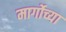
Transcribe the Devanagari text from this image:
मार्गोच्या